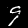
Label: 9